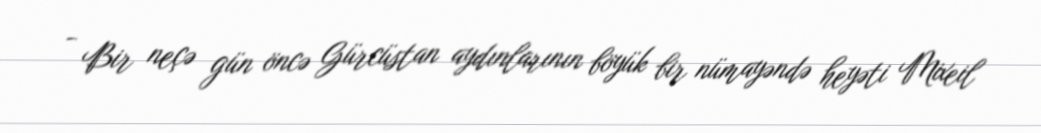
- Bir neçə gün öncə Gürcüstan aydınlarının böyük bir nümayəndə heyəti Mixeil